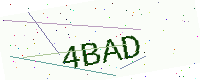
Text: 4BAD